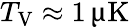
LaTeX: T_{\mathrm{V}}\approx 1\, \upmu\mathrm{K}